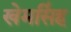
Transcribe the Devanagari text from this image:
खेमसिंह